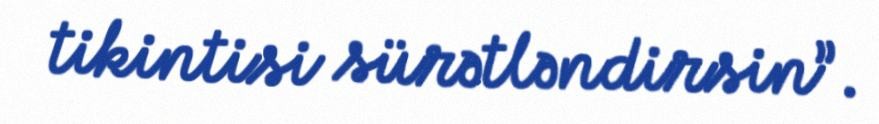
tikintisi sürətləndirsin”.